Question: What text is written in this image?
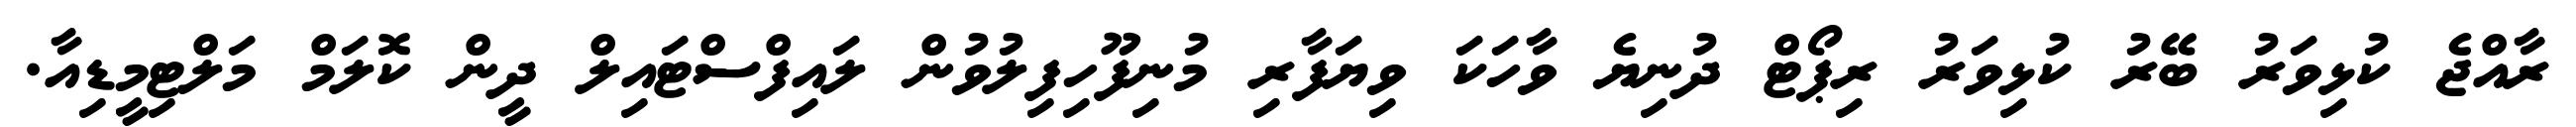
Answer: ރާއްޖެ ކުޅިވަރު ބޭރު ކުޅިވަރު ރިޕޯޓް ދުނިޔެ ވާހަކަ ވިޔަފާރި މުނިފޫހިފިލުވުން ލައިފްސްޓައިލް ދީން ކޮލަމް މަލްޓިމީޑިއާ.